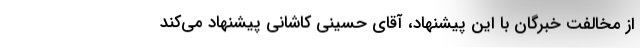
از مخالفت خبرگان با این پیشنهاد، آقای حسینی کاشانی پیشنهاد می‌کند